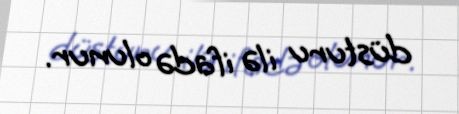
düsturu ilə ifadə olunur.